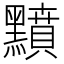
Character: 𪒰